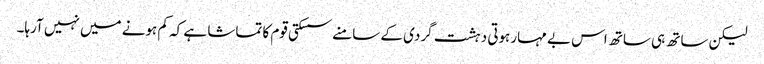
لیکن ساتھ ہی ساتھ اس بے مہارہوتی دہشت گردی کے سامنے سسکتی قوم کا تماشا ہے کہ کم ہونے میں نہیں آرہا۔